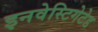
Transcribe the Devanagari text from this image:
इनवेस्टिगेटेड